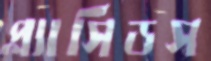
প্ল্যাসিডস